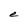
Character: e